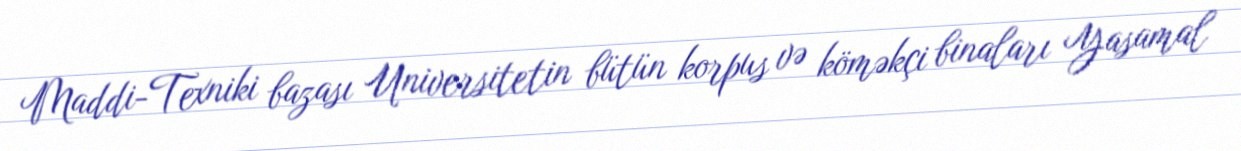
Maddi-Texniki bazası Universitetin bütün korpus və köməkçi binaları Yasamal